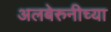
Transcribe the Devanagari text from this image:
अलबेरुनीच्या